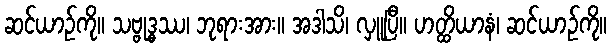
ဆင်ယာဉ်ကို။ သဗ္ဗုဒ္ဓဿ၊ ဘုရားအား။ အဒါသိ၊ လှူပြီ။ ဟတ္ထိယာနံ၊ ဆင်ယာဉ်ကို။